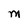
Character: M